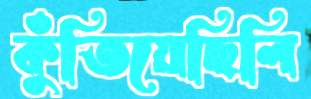
কুঁতিয়েছিলি